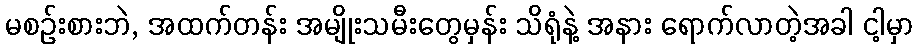
မစဉ်းစားဘဲ, အထက်တန်း အမျိုးသမီးတွေမှန်း သိရုံနဲ့ အနား ရောက်လာတဲ့အခါ ငါ့မှာ